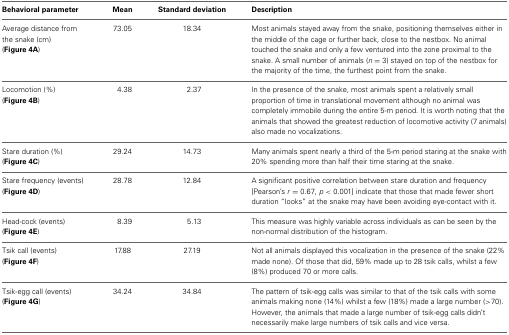
<table><thead><tr><td><b>Behavioral parameter</b></td><td><b>Mean</b></td><td><b>Standard deviation</b></td><td><b>Description</b></td></tr></thead><tbody><tr><td>Average distance from the snake (cm) (Figure 4A)</td><td>73.05</td><td>18.34</td><td>Most animals stayed away from the snake, positioning themselves either in the middle of the cage or further back, close to the nestbox. No animal touched the snake and only a few ventured into the zone proximal to the snake. A small number of animals (<i>n</i> = 3) stayed on top of the nestbox for the majority of the time, the furthest point from the snake.</td></tr><tr><td>Locomotion (%) (Figure 4B)</td><td>4.38</td><td>2.37</td><td>In the presence of the snake, most animals spent a relatively small proportion of time in translational movement although no animal was completely immobile during the entire 5-m period. It is worth noting that the animals that showed the greatest reduction of locomotive activity (7 animals) also made no vocalizations.</td></tr><tr><td>Stare duration (%) (Figure 4C)</td><td>29.24</td><td>14.73</td><td>Many animals spent nearly a third of the 5-m period staring at the snake with 20% spending more than half their time staring at the snake.</td></tr><tr><td>Stare frequency (events) (Figure 4D)</td><td>28.78</td><td>12.84</td><td>A significant positive correlation between stare duration and frequency [Pearson&#x27;s <i>r</i> = 0.67, <i>p</i> &lt; 0.001] indicate that those that made fewer short duration “looks” at the snake may have been avoiding eye-contact with it.</td></tr><tr><td>Head-cock (events) (Figure 4E)</td><td>8.39</td><td>5.13</td><td>This measure was highly variable across individuals as can be seen by the non-normal distribution of the histogram.</td></tr><tr><td>Tsik call (events) (Figure 4F)</td><td>17.88</td><td>27.19</td><td>Not all animals displayed this vocalization in the presence of the snake (22% made none). Of those that did, 59% made up to 28 tsik calls, whilst a few (8%) produced 70 or more calls.</td></tr><tr><td>Tsik-egg call (events) (Figure 4G)</td><td>34.24</td><td>34.84</td><td>The pattern of tsik-egg calls was similar to that of the tsik calls with some animals making none (14%) whilst a few (18%) made a large number (&gt;70). However, the animals that made a large number of tsik-egg calls didn&#x27;t necessarily make large numbers of tsik calls and vice versa.</td></tr></tbody></table>